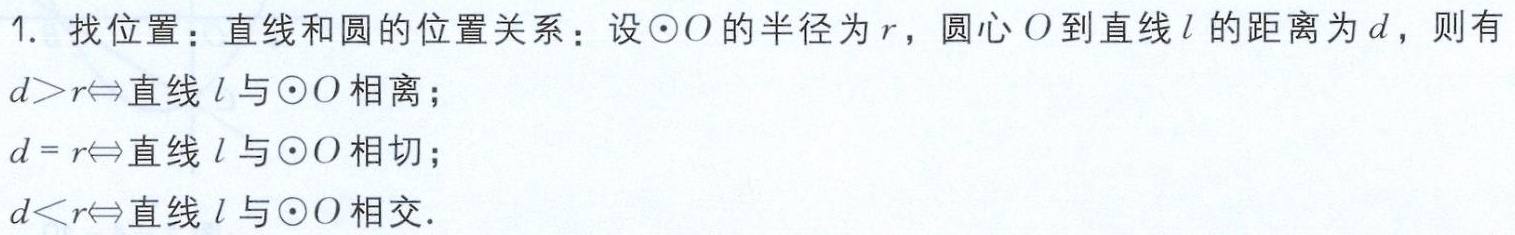
1. 找位置：直线和圆的位置关系：设\(\odot O\)的半径为\(r\)，圆心\(O\)到直线\(l\)的距离为\(d\)，则有

\(d > r\Leftrightarrow\)直线\(l\)与\(\odot O\)相离；

\(d = r\Leftrightarrow\)直线\(l\)与\(\odot O\)相切；

\(d < r\Leftrightarrow\)直线\(l\)与\(\odot O\)相交.